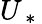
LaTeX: U_{\mathrm{~*~}}